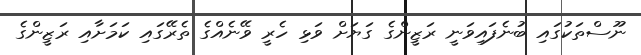
ނޫސްތަކުގައި ބުނެފައިވަނީ ރަޒީންގެ ގަޔަށް ވަޅި ހެރީ ވޭނެއްގެ ތެރޭގައި ކަމަށާއި ރަޒީންގެ